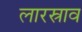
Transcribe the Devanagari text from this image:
लारस्राव